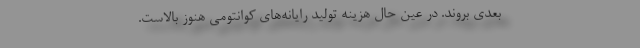
بعدی بروند. در عین حال هزینه تولید رایانه‌های کوانتومی هنوز بالاست.